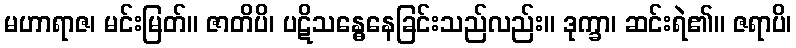
မဟာရာဇ၊ မင်းမြတ်။ ဇာတိပိ၊ ပဋိသန္ဓေနေခြင်းသည်လည်း။ ဒုက္ခာ၊ ဆင်းရဲ၏။ ဇရာပိ၊